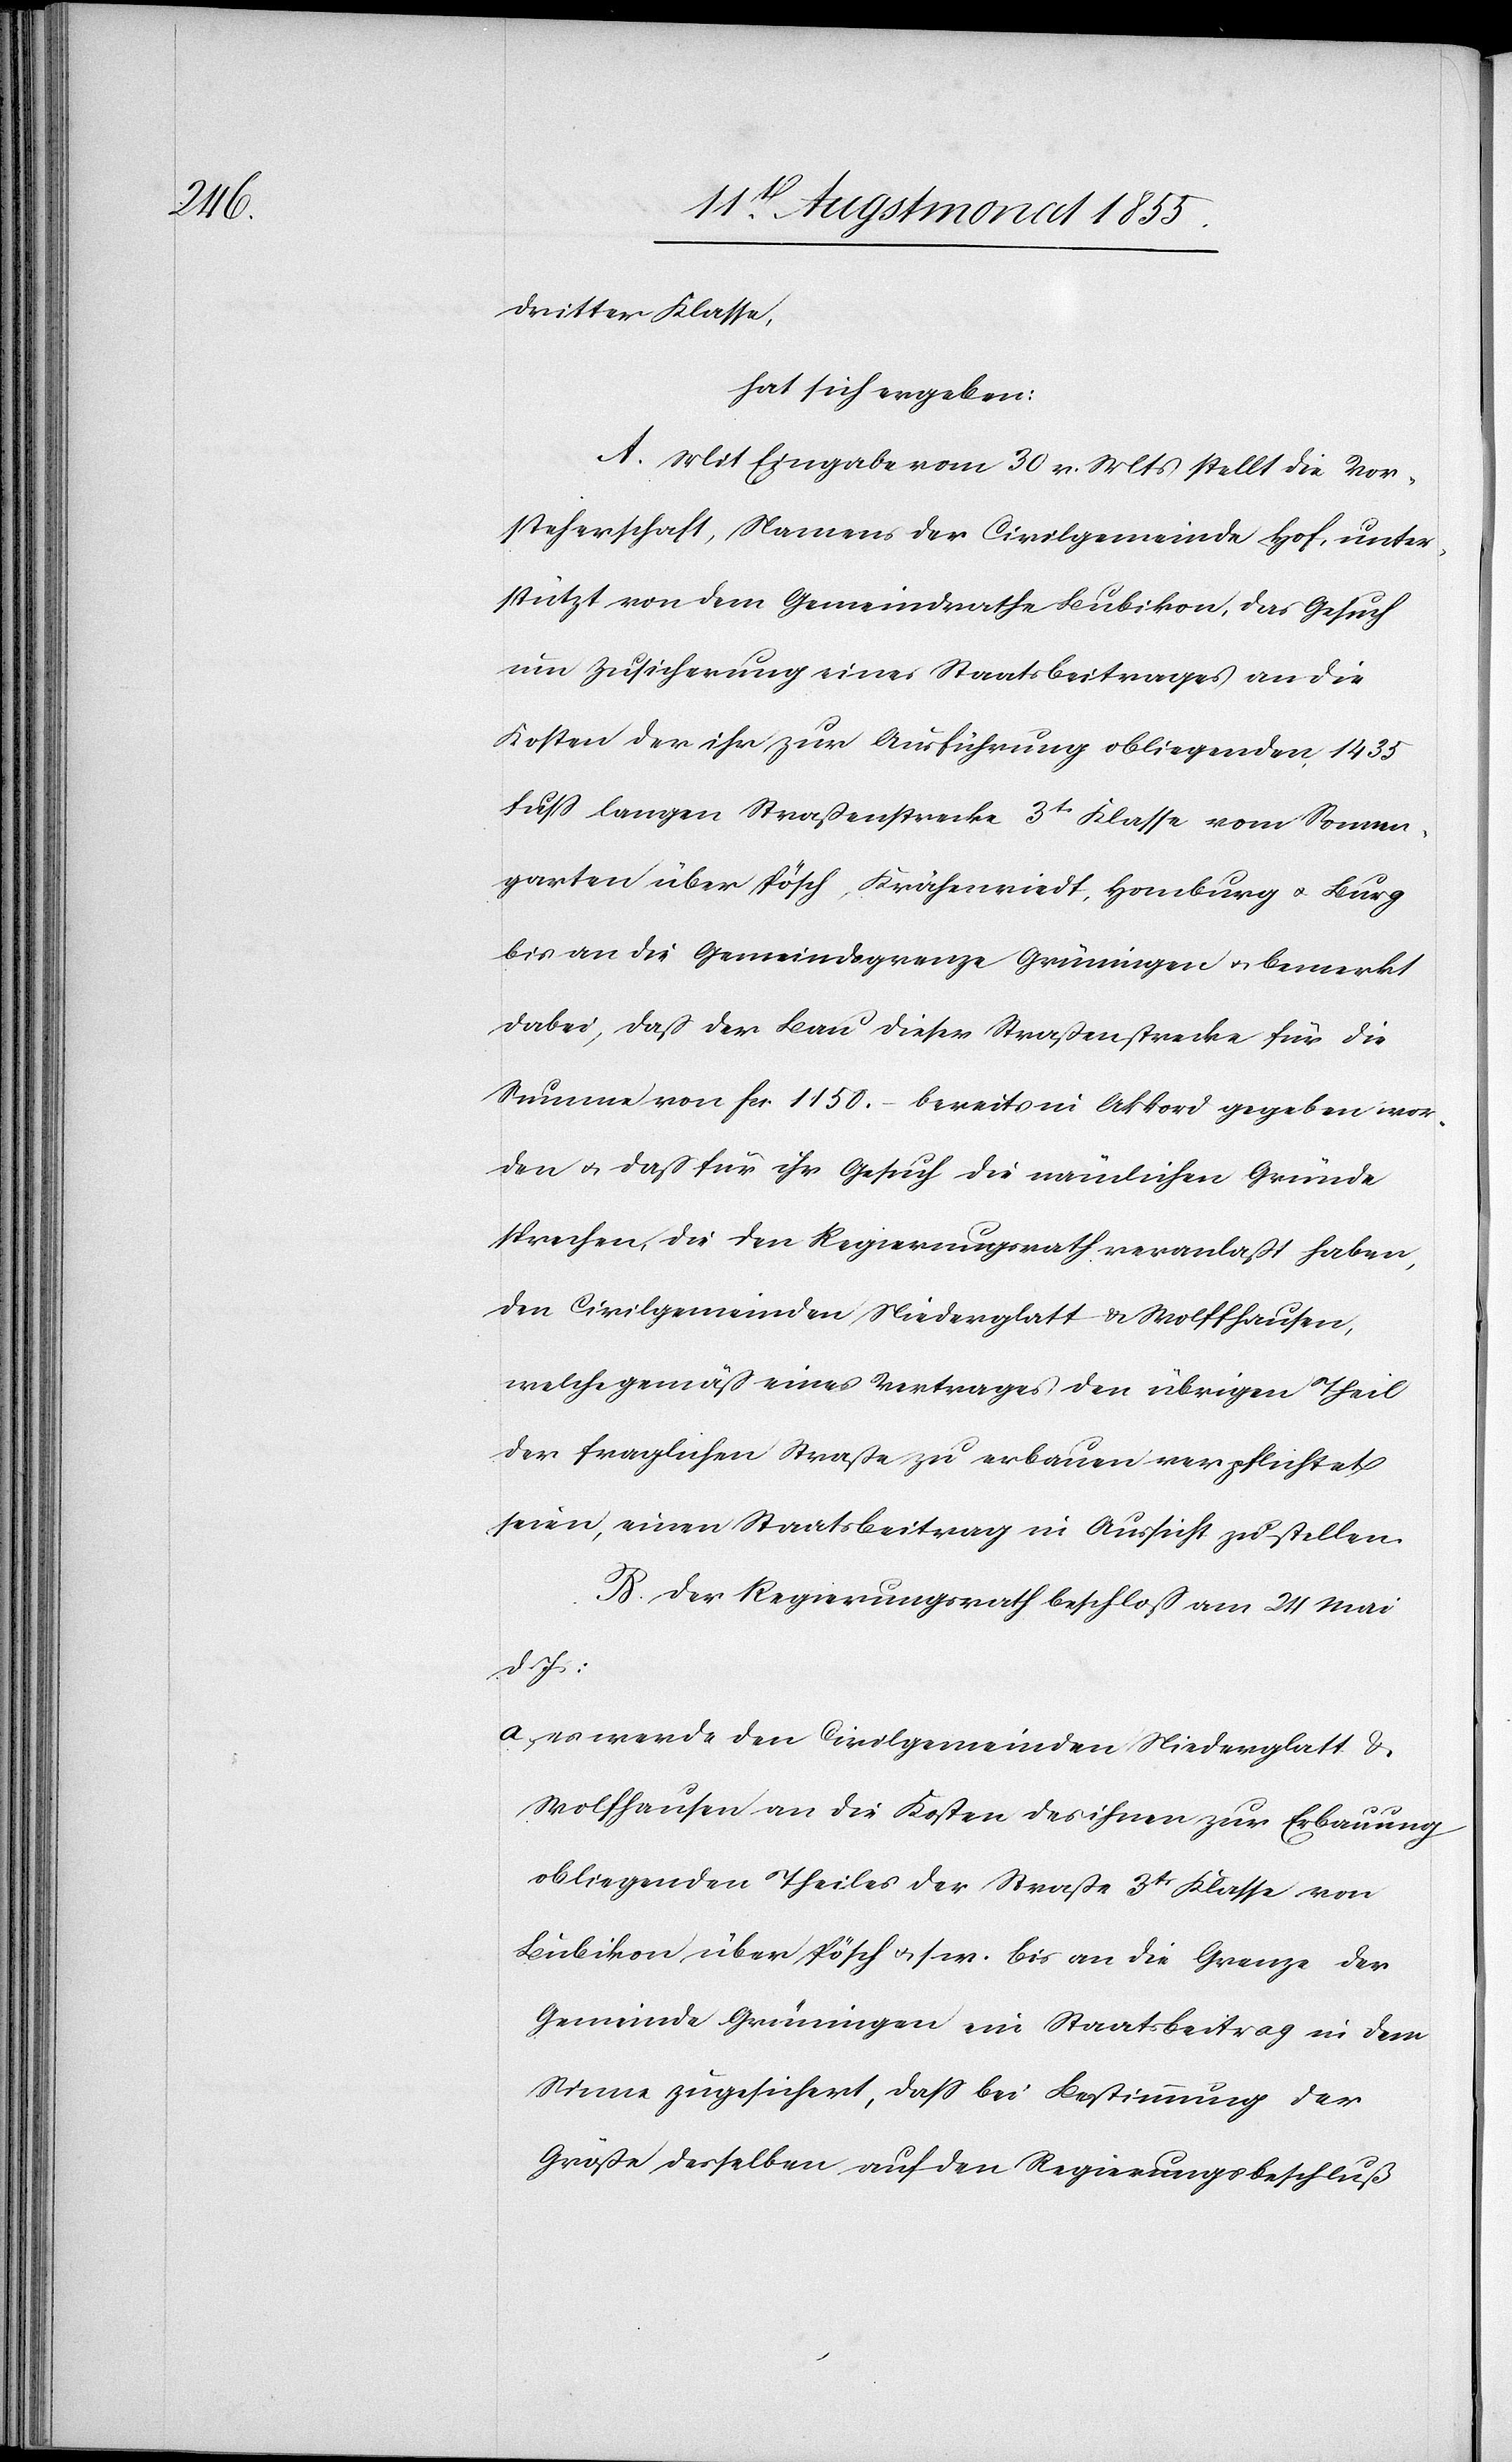
dritter Klasse,
hat sich ergeben:
A. Mit Eingabe vom 30 v. Mts stellt die Vor¬
steherschaft, Namens der Civilgemeinde Hof, unter¬
stützt von dem Gemeindrathe Bubikon, das Gesuch
um Zusicherung eines Staatsbeitrages an die
Kosten der ihr zur Ausführung obliegenden 1435
Fuss langen Straßenstrecke 3tr Klasse vom Sonnen¬
garten über Pösch, Krähenriedt, Homburg & Burg
bis an die Gemeindsgrenze Grüningen & bemerkt
dabei, dass der Bau dieser Straßenstrecke für die
Summe von Fcs. 1150.– bereits in Akkord gegeben wor¬
den & dass für ihr Gesuch die nämlichen Gründe
sprechen, die den Regierungsrath veranlaßt haben,
den Civilgemeinden Niederglatt & Wolffhausen,
welche gemäss eines Vertrages den übrigen Theil
der fraglichen Straße zu erbauen verpflichtet
seien, einen Staatsbeitrag in Aussicht zu stellen.
B. Der Regierungsrath beschloss am 24 Mai
d. Js:
es werde den Civilgemeinden Niederglatt &
Wolfhausen an die Kosten des ihnen zur Erbauung
obliegenden Theiles der Straße 3tr Klasse von
Bubikon über Pösch & s. w. bis an die Grenze der
Gemeinde Grüningen ein Staatsbeitrag in dem
Sinne zugesichert, dass bei Bestimmung der
Größe desselben auf den Regierungsbeschluß